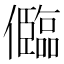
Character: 𠐼